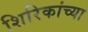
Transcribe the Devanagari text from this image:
शिरिकांच्या